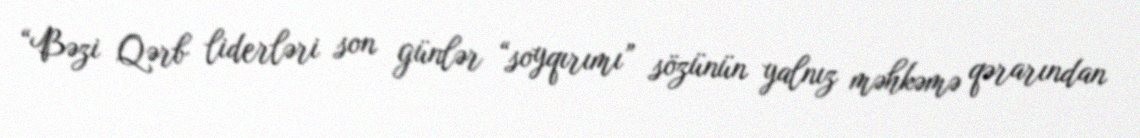
“Bəzi Qərb liderləri son günlər “soyqırımı” sözünün yalnız məhkəmə qərarından